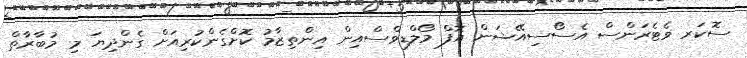
ސޮކަރ ވެޓެރަންސް އެސޯސިއޭޝަން އޮފް މޯލްޑިވްސްއިން އިންތިޒާމު ކޮށްގެންކުރިއަށް ގެންދިޔަ މި މުބާރާތް